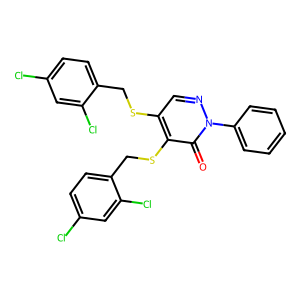
SMILES: O=c1c(SCc2ccc(Cl)cc2Cl)c(SCc2ccc(Cl)cc2Cl)cnn1-c1ccccc1
Inhibits HIV replication: No